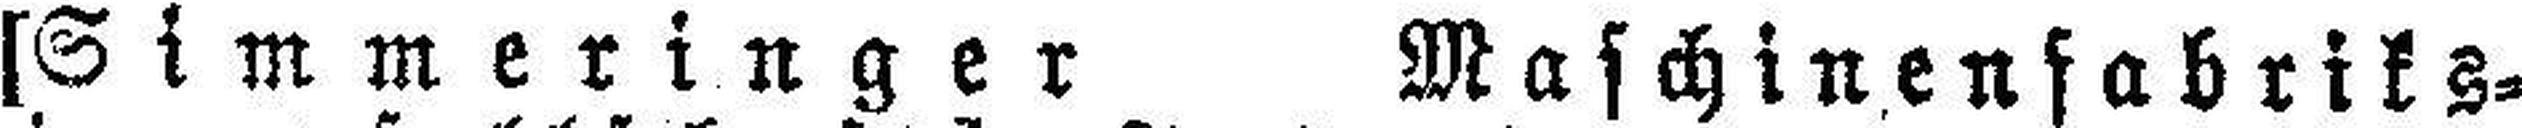
[Simmeringer Maschinenfabriks¬